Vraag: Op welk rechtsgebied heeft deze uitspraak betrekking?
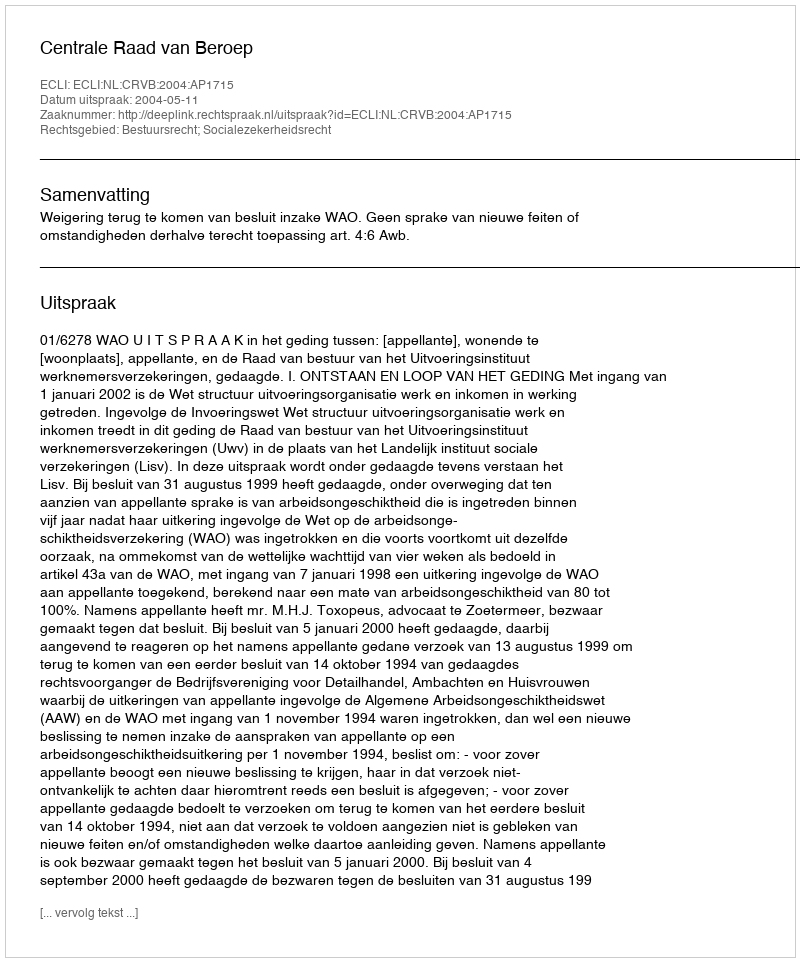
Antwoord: Bestuursrecht; Socialezekerheidsrecht